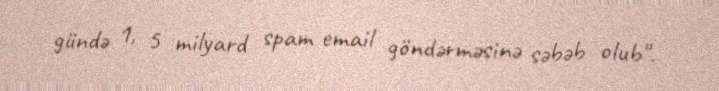
gündə 1, 5 milyard spam email göndərməsinə səbəb olub".